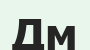
Дм